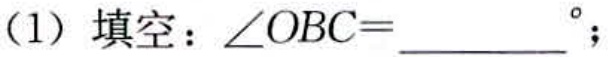
(1) 填空：\(\angle OBC = \underline{\quad\quad}^{\circ}\)；